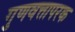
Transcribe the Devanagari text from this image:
गुणवत्तापरक